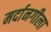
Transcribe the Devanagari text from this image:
मर्दानगीला